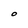
Character: O